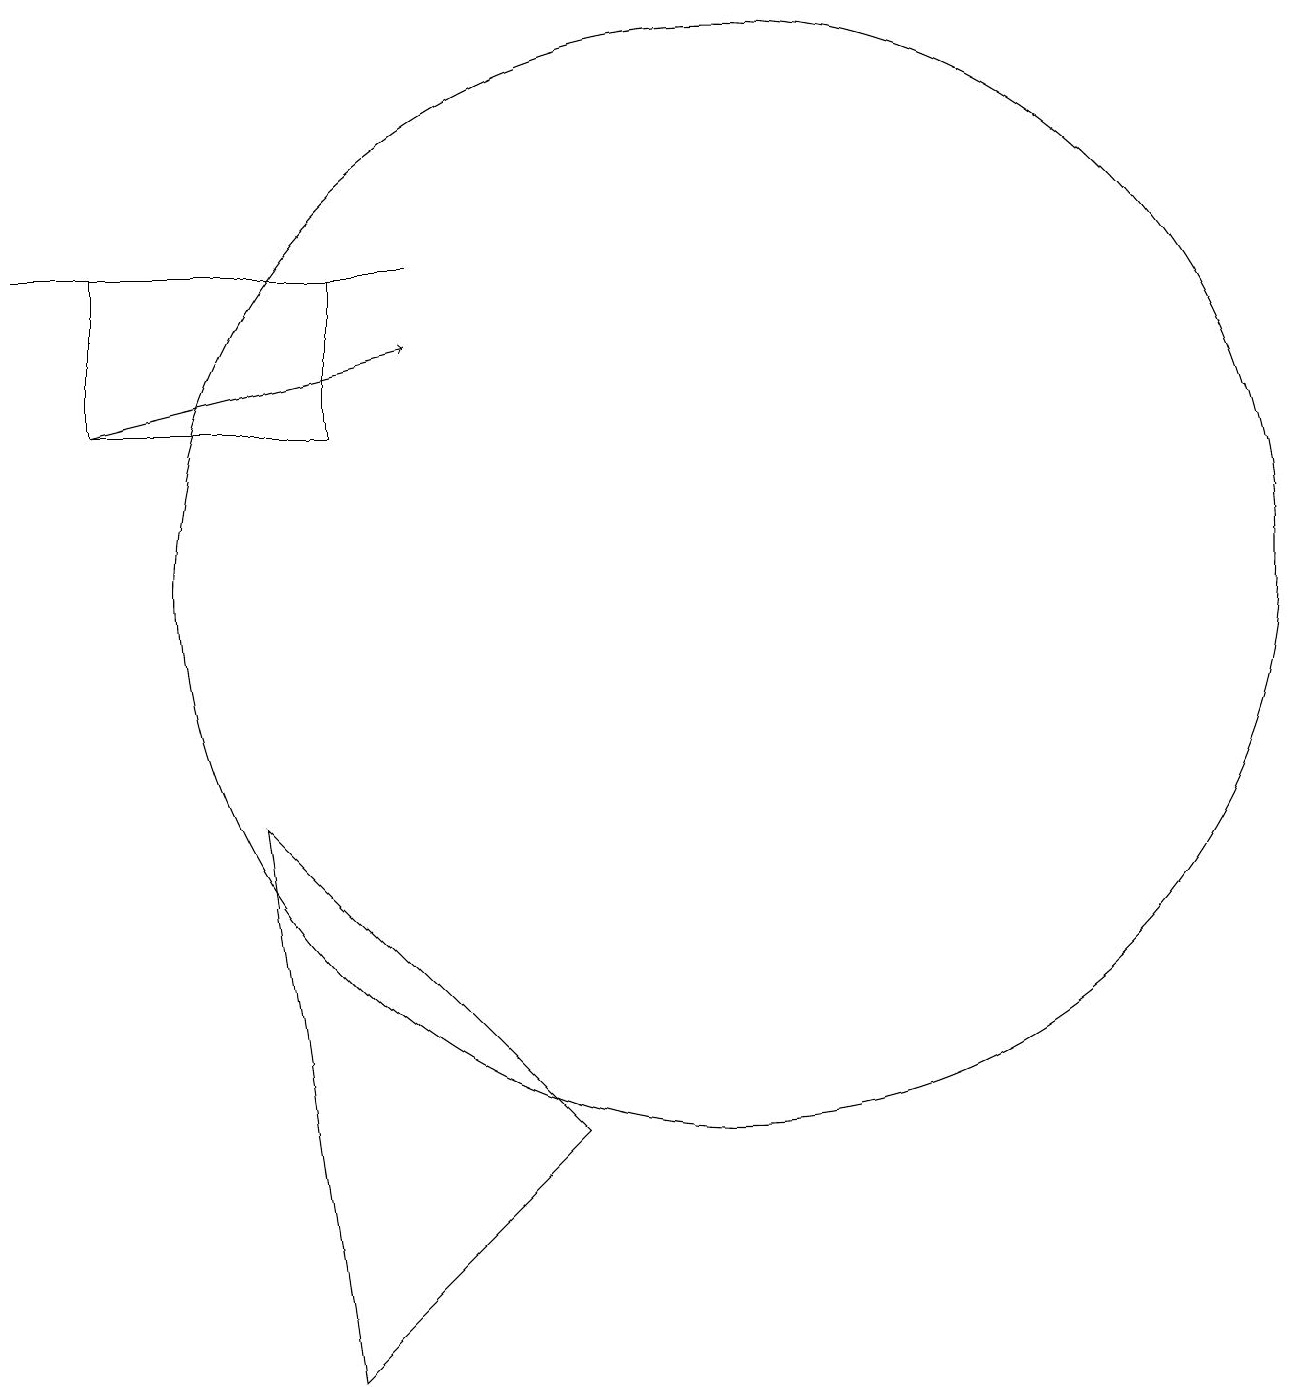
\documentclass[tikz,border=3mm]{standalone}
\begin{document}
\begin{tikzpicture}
\draw (4,9) -- (8,5) -- (5,2) -- cycle;
\draw[->] (2,14) -- (6,15);
\draw (2,14) rectangle (5,16);
\draw (1,16) rectangle (6,16);
\draw (10,12) circle (7);
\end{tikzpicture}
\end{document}